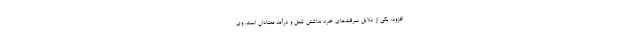
افزود: یکی از دلایل سرقت‌های خرد نداشتن شغل و درآمد معتادان است. وی